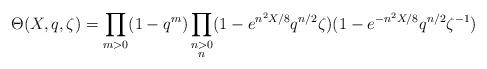
LaTeX: \begin{align*}\Theta(X,q,\zeta)=\prod_{m>0}(1-q^m)\prod_{\substack{n>0\\ n }}(1-e^{n^2X/8}q^{n/2}\zeta)(1-e^{-n^2X/8}q^{n/2}\zeta^{-1})\end{align*}